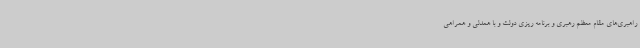
راهبری‌های مقام معظم رهبری و برنامه ریزی دولت و با همدلی و همراهی